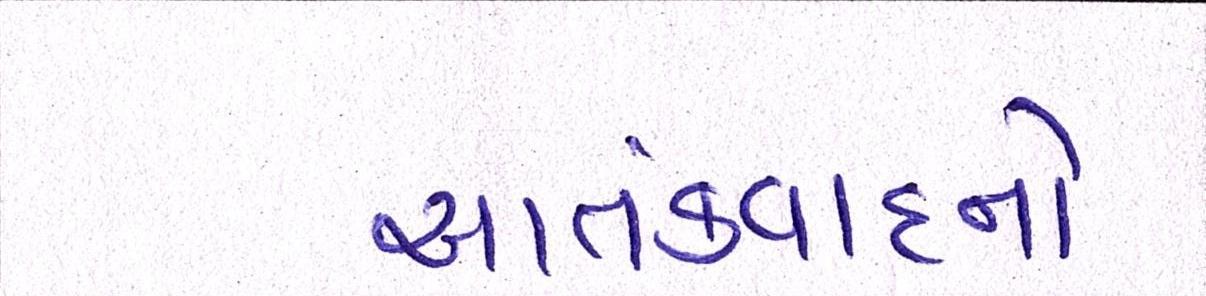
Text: આતંકવાદનો